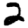
Digit: 2